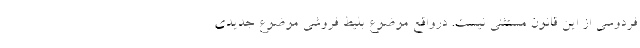
فردوسی از این قانون مستثنی نیست. درواقع موضوع بلیط فروشی موضوع جدیدی